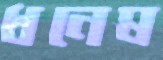
ধনেষ